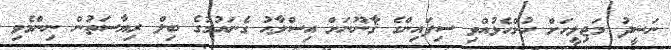
ނަޝީދު މަޖިލީހަށް ހުށްހެޅުއްވި ސިފައިންގެ ޤާނޫނަށް އިސްލާޙު ގެނައުމުގެ ބިލް ރިޔާސަތުން ނިންމެވި